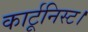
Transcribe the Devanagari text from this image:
कार्टूनिस्ट।